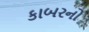
કાબરનો